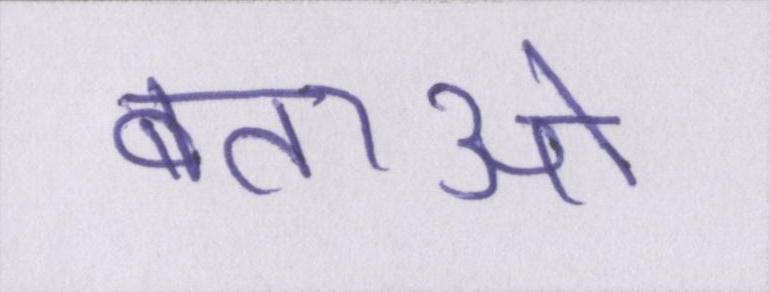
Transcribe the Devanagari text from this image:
बताओ